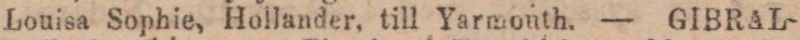
Louisa Sophie, Hollander, till Yarmouth. — GIBRAL-